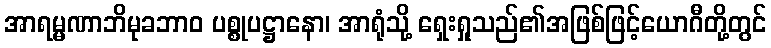
အာရမ္မဏာဘိမုခဘာဝ ပစ္စုပဋ္ဌာနော၊ အာရုံသို့ ရှေးရှုသည်၏အဖြစ်ဖြင့်ယောဂီတို့တွင်